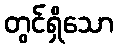
တွင်ရှိသော